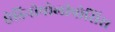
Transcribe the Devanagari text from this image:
ऐडिनोपोलीपोसिस